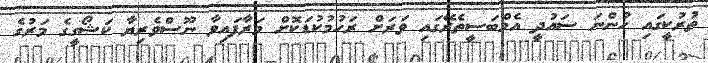
ތުރުކީގައި ހުންނަ ސައުދީ އެމްބަސީތެރޭގައި ވަރަށް ރަހުމުކުޑަކޮށް މަރާފައިވާ ނޫސްވެރިޔާ ކަޝޯގީގެ މަރުގެ